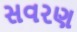
સવરણ